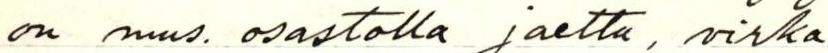
on mus. osastolla jaettu, virka